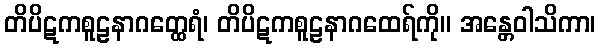
တိပိဋကစူဠနာဂတ္ထေရံ၊ တိပိဋကစူဠနာဂထေရ်ကို။ အန္တေဝါသိကာ၊